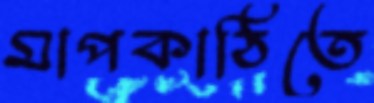
মাপকাঠিতে